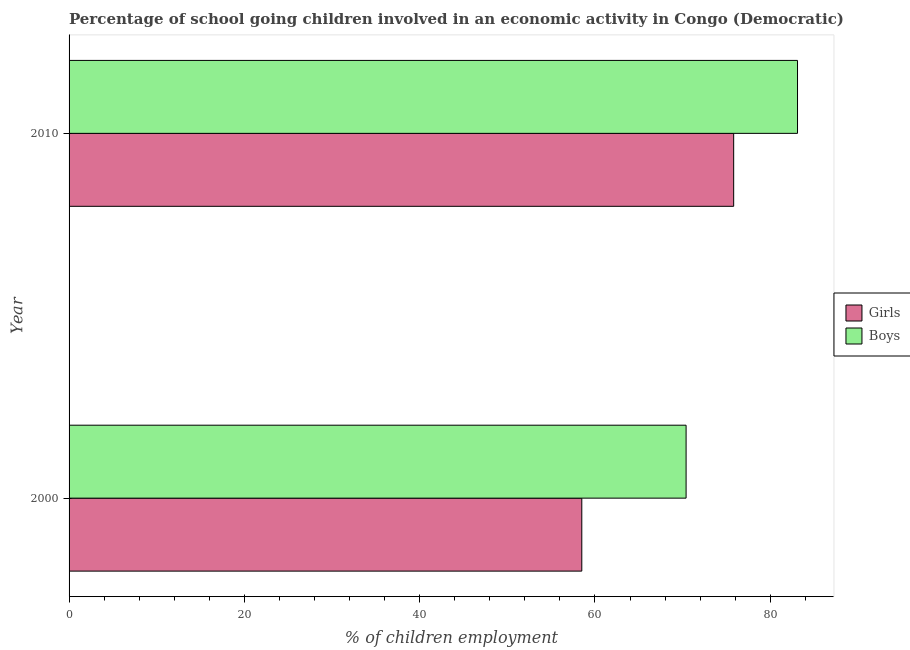
| Year | Girls | Boys |
 | --- | --- | --- |
 | 2000 | 58.5 | 70.4 |
 | 2010 | 75.8 | 83.1 |